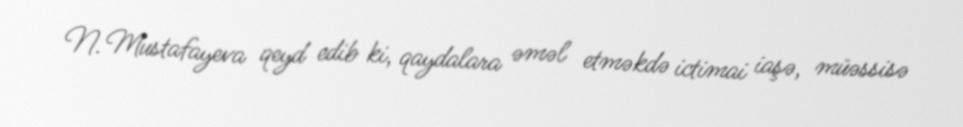
N. Mustafayeva qeyd edib ki, qaydalara əməl etməkdə ictimai iaşə, müəssisə